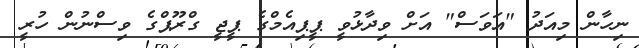
ނިހާން މިއަދު "އަވަސް" އަށް ވިދާޅުވީ ޕީޕިއެމްގެ ޕީޖީ ގްރޫޕްގެ ވިސްނުން ހުރީ